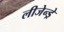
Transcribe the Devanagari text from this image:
लीजेन्ड्रे